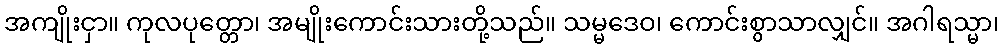
အကျိုးငှာ။ ကုလပုတ္တော၊ အမျိုးကောင်းသားတို့သည်။ သမ္မဒေဝ၊ ကောင်းစွာသာလျှင်။ အဂါရသ္မာ၊